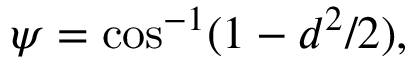
\psi = \cos ^ { - 1 } ( 1 - d ^ { 2 } / 2 ) ,